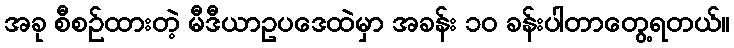
အခု စီစဉ်ထားတဲ့ မီဒီယာဥပဒေထဲမှာ အခန်း ၁၀ ခန်းပါတာတွေ့ရတယ်။